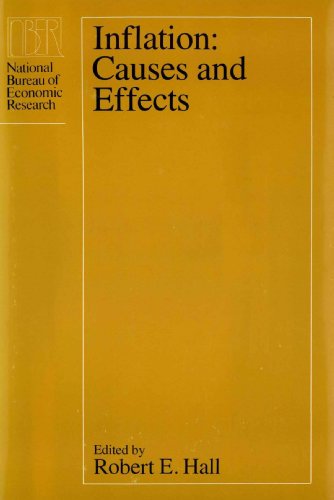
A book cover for Inflation: Causes and Effects; Business & Money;